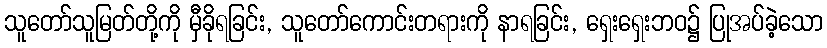
သူတော်သူမြတ်တို့ကို မှီခိုရခြင်း, သူတော်ကောင်းတရားကို နာရခြင်း, ရှေးရှေးဘဝ၌ ပြုအပ်ခဲ့သော